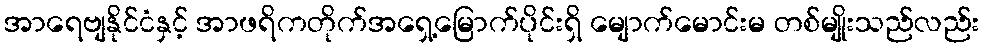
အာရေဗျနိုင်ငံနှင့် အာဖရိကတိုက်အရှေ့မြောက်ပိုင်းရှိ မျောက်မောင်းမ တစ်မျိုးသည်လည်း